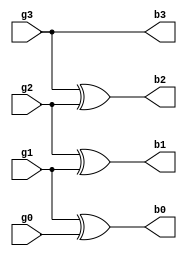
module grey_to_binary(g3,g2,g1,g0,b3,b2,b1,b0);
    input g3,g2,g1,g0;
    output b3,b2,b1,b0;
    reg b3,b2,b1,b0;
    always @(g3,g2,g1,g0)
    begin
    b3=g3;
    b2=g3^g2;
    b1=g2^g1;
    b0=g1^g0;
    end
    


endmodule